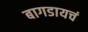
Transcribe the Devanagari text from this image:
बागडायचं